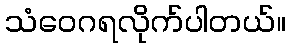
သံဝေဂရလိုက်ပါတယ်။